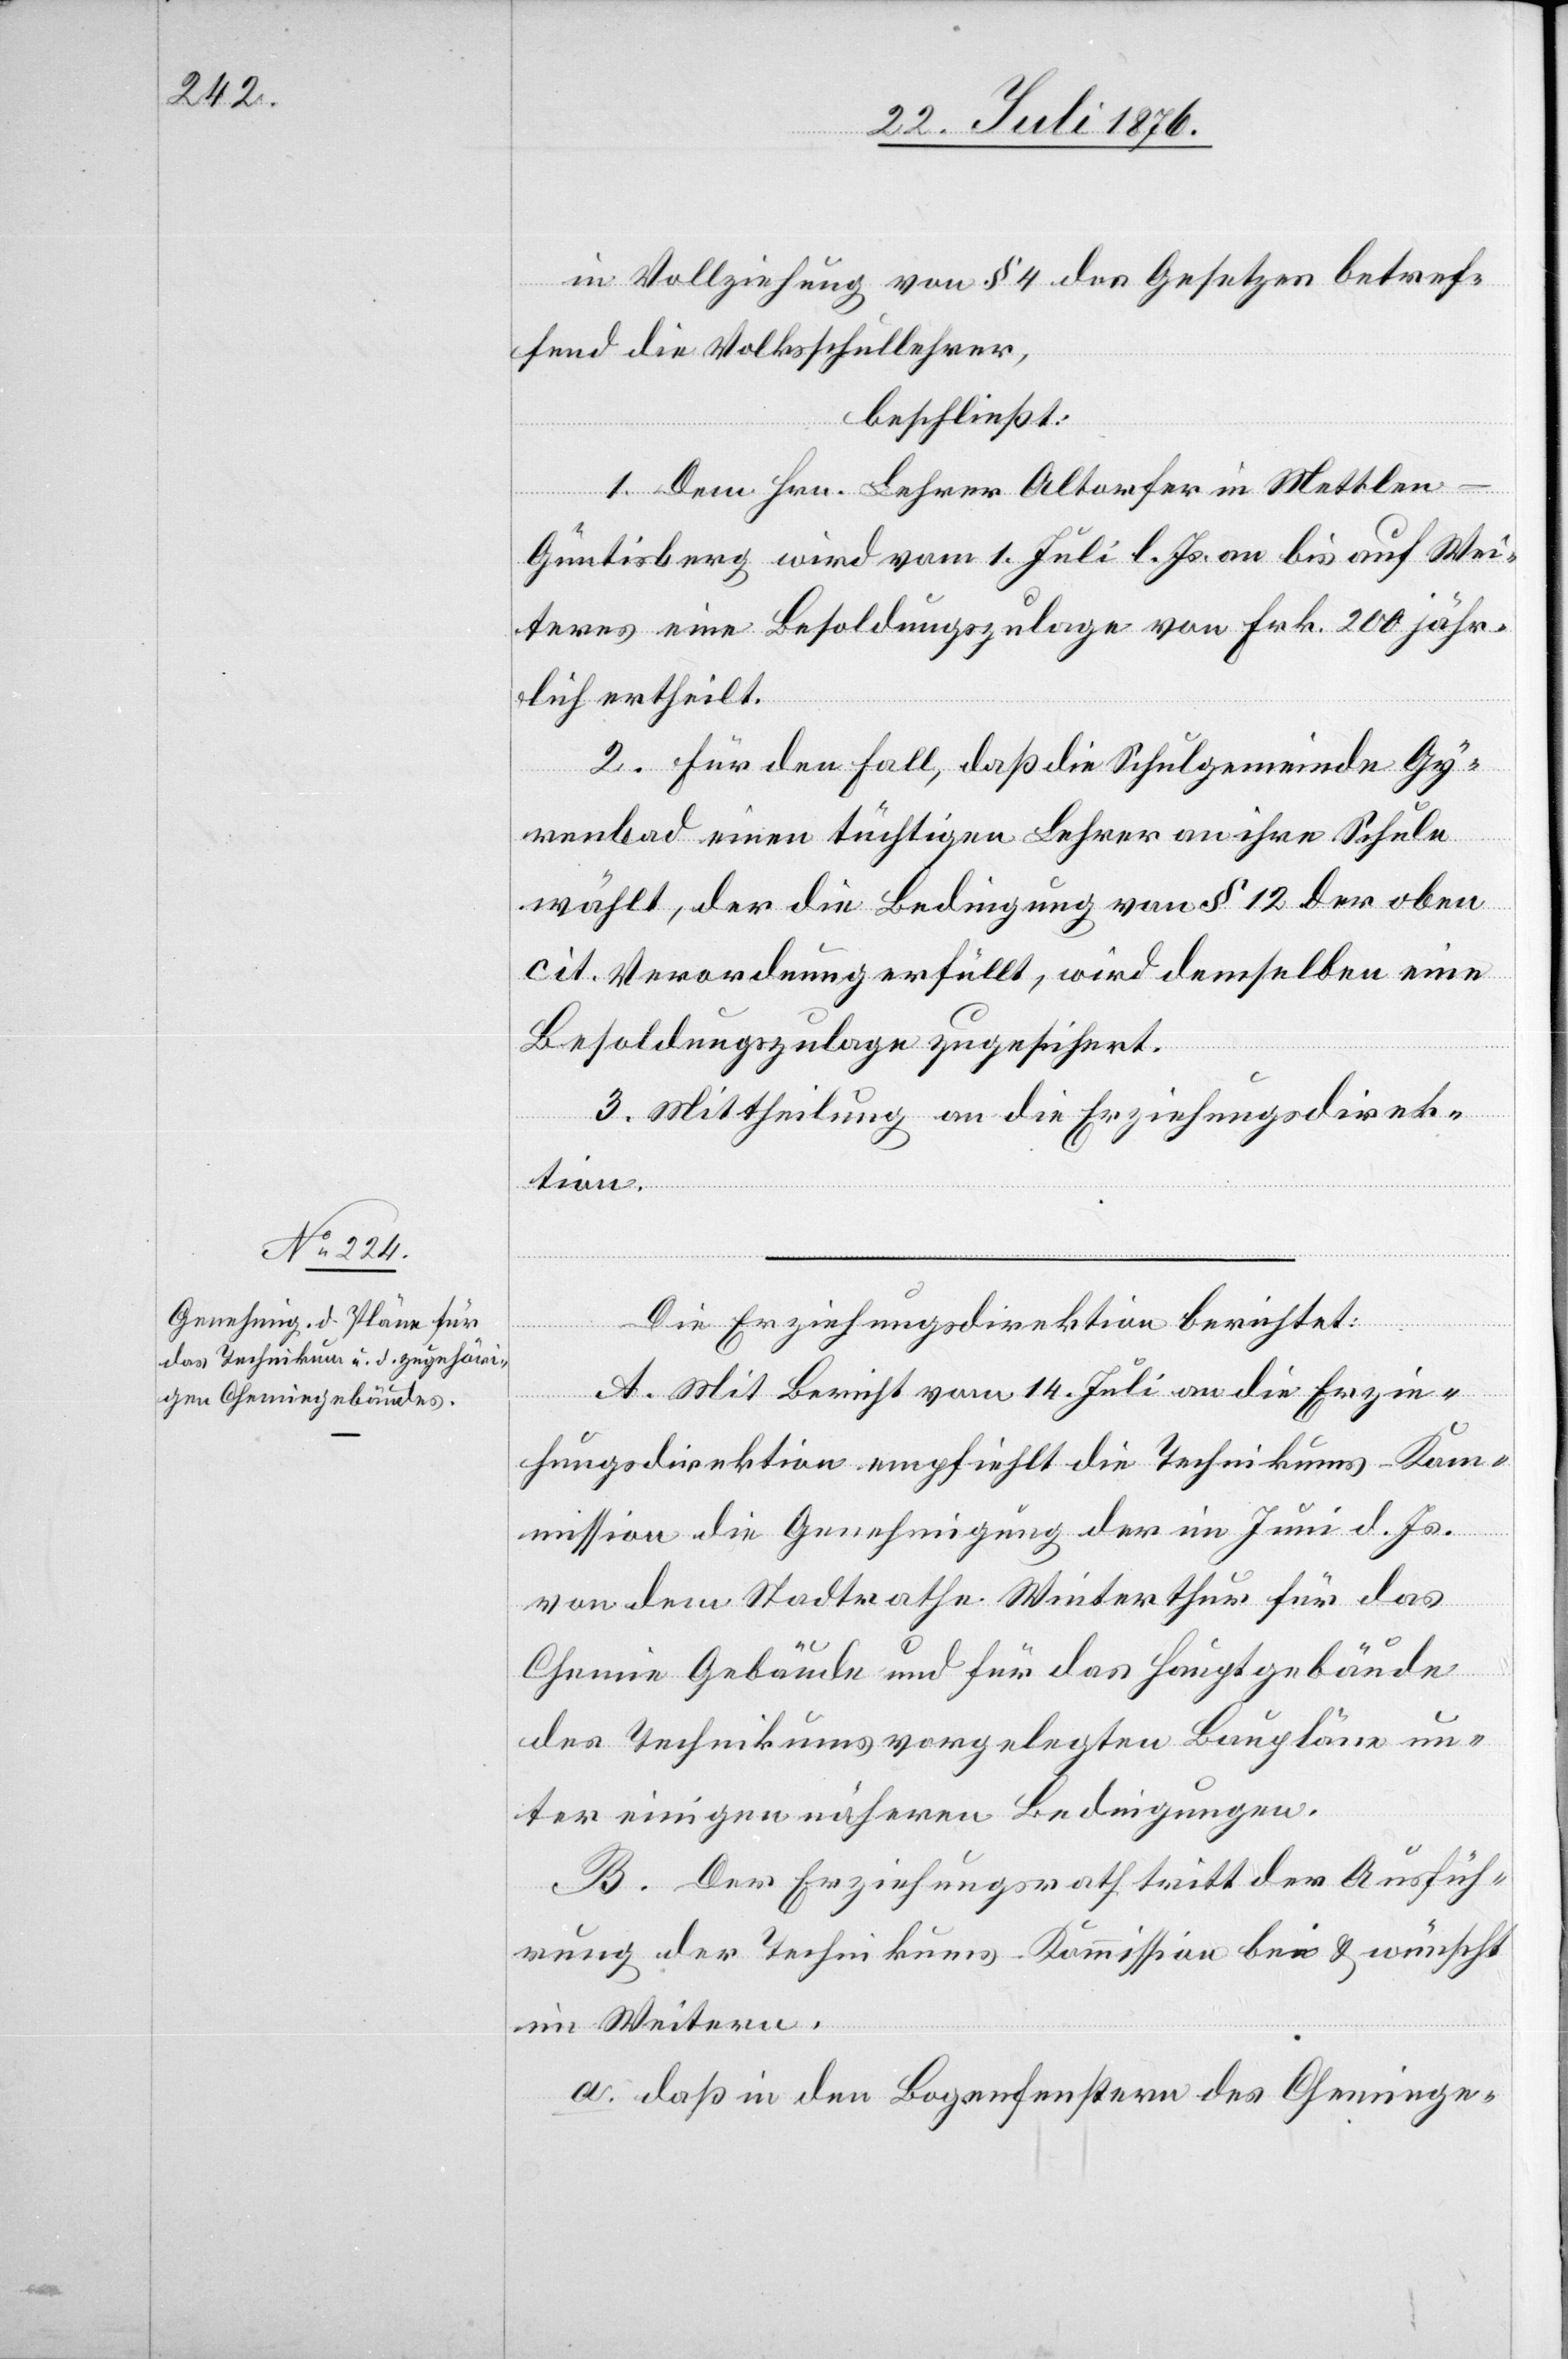
B.

in Vollziehung von § 4 des Gesetzes betref¬
fend die Volksschullehrer,
beschließt:
1. Dem Hrn. Lehrer Altorfer in Mettlen
Güntisberg wird vom 1. Juli l. Js. an bis auf Wei¬
teres eine Besoldungszulage von Frk. 200 jähr¬
lich ertheilt.
2. Für den Fall, daß die Schulgemeinde Gy¬
füh¬
renbad einen tüchtigen Lehrer an ihre Schule
wählt, der die Bedingung von § 12 der oben
cit. Verordnung erfüllt, wird demselben eine
Besoldungszulage zugesichert.
3. Mittheilung an die Erziehungsdirek¬
tion.
Die Erziehungsdirektion berichtet:
A. Mit Bericht vom 14. Juli an die Erzie¬
hungsdirektion empfiehlt die Technikums-Kom¬
mission die Genehmigung der im Juni d. Js.
von dem Stadtrathe Winterthur für das
Chemie Gebäude und für das Hauptgebäude
des Technikums vorgelegten Baupläne un¬
ter einigen nähern Bedingungen.
rung der Technikums-Kommission bei & wünscht
im Weitern:
a. daß in den Bogenfenstern des Chemiege-